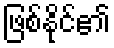
ဖြစ်နိုင်၏